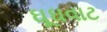
ઘૂઘવાટ